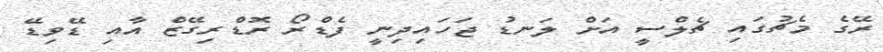
ރޭގެ މެޗުގައި ޗެލްސީ އަށް ލަނޑު ޖަހައިދިނީ ފެޑްރޯ ރޮޑްރިގޭޒް އާއި ޑޭވިޑޭ